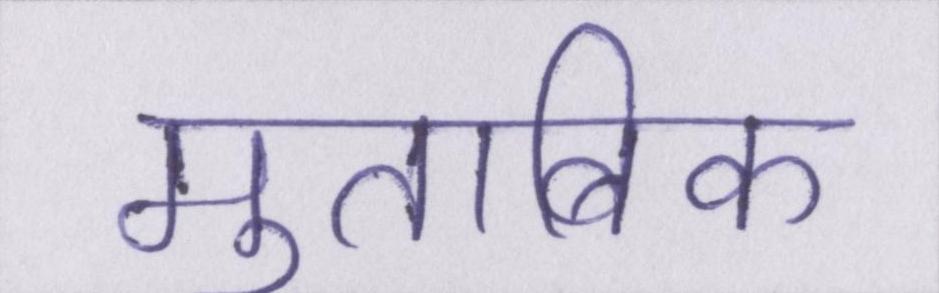
मुताबिक